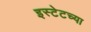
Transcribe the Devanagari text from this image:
इस्टेटच्या